Annual report on the health of the army in India
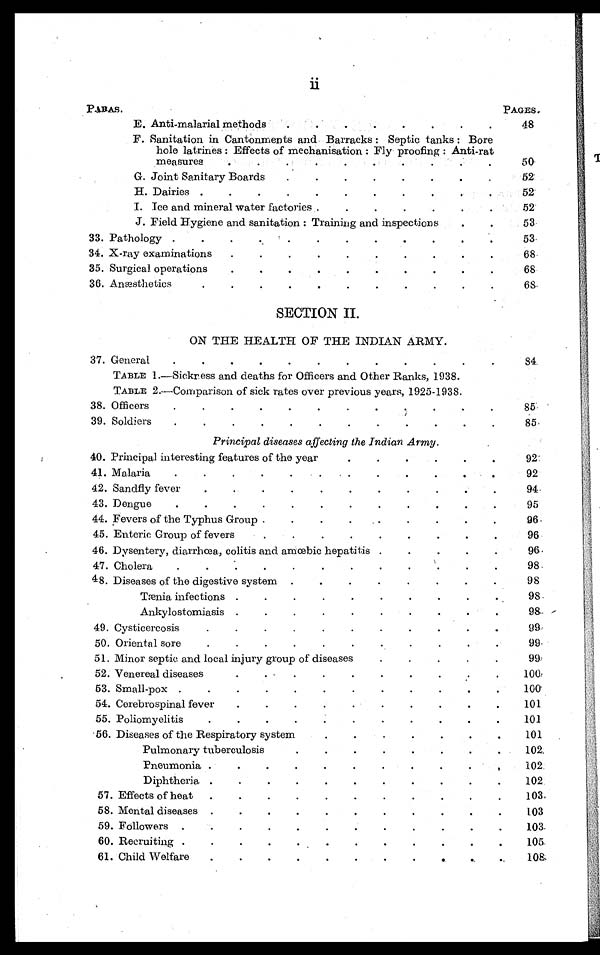
P A R A S .
PAGES.
E. Anti-malarial methods . . .
48
F. Sanitation in Cantonments and Barracks: Septic tanks : Bore
hole latrines: Effects of mechanisation: Fly proofing: Anti-rat
measures . . .
50
G. Joint Sanitary Boards . . .
52
H. Dairies . . .
52
I. Ice and mineral water factories . . .
52
J. Field Hygiene and sanitation: Training and inspections . . .
53
33. Pathology
.
.
.
53
34. X-ray examinations . . .
68
35. Surgical operations . . .
68
36. Anæsthetics . . .
68
SECTION II.
ON THE HEALTH OF THE INDIAN ARMY.
37. General . . .
84
TABLE 1.—Sickness and deaths for Officers and Other Ranks, 1938.
TABLE 2.—Comparison of sick rates over previous years, 1925-1938.
38. Officers . . .
85
39. Soldiers . . .
85
Principal diseases affecting the Indian Army.
40. Principal interesting features of the year . . .
92
41. Malaria . . .
92
42. Sandfly fever . . .
94
43. Dengue . . .
95
44. Fevers of the Typhus Group . . .
96
45. Enteric Group of fevers . . .
96
46. Dysentery, diarrhœa, colitis and amœbic hepatitis . . .
96
47. Cholera . . .
98
48 . Diseases of the digestive system . . .
98
Tæni a i nfect i ons . . .
98
Ankylostomiasis . . .
98
49. Cysticercosis . . . .
99
50. Oriental sore . . .
99
51. Minor septic and local injury group of diseases . . .
99
52. Venereal diseases
100
53. Small-pox . . .
100
54. Cerebrospinal fever . . .
101
55. Poliomyelitis . . .
101
56. Diseases of the Respiratory system
101
Pulmonary tuberculosis
102
Pneumonia . . .
102
Diphtheria . . .
102
57. Effects of heat . . . .
103
58. Mental diseases . . . .
103
59. Followers . . . .
103
60. Recruiting . . .
105
61. Child Welfare . . .
108